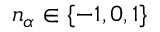
n _ { \alpha } \in \{ - 1 , 0 , 1 \}